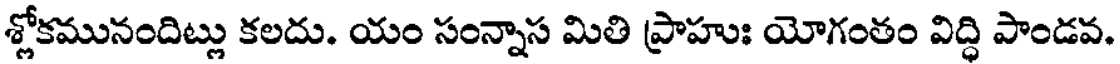
శ్లోకమునందిట్లు కలదు. యం సంన్నాస మితి ప్రాహుః యోగంతం విద్ధి పాండవ.